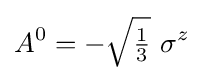
A^{0}=-{\sqrt {\tfrac {1}{3}}}\ \sigma ^{z}